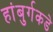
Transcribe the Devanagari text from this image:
हांबुर्गकडे